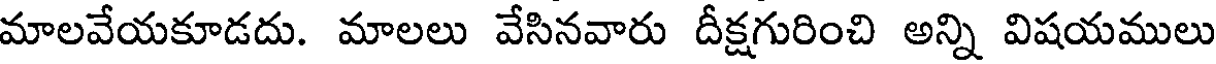
మాలవేయకూడదు. మాలలు వేసినవారు దీక్షగురించి అన్ని విషయములు